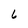
Character: 6